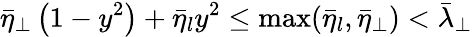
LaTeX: \bar{\eta}_{\perp}\left(1-y^{2}\right)+\bar{\eta}_{l}y^{2}\leq\operatorname*{max}(\bar{\eta}_{l},\bar{\eta}_{\perp})<\bar{\lambda}_{\perp}